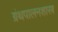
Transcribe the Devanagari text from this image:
ग्रंथपालनशास्त्र